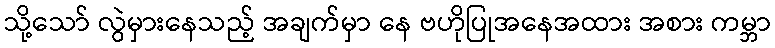
သို့သော် လွဲမှားနေသည့် အချက်မှာ နေ ဗဟိုပြုအနေအထား အစား ကမ္ဘာ